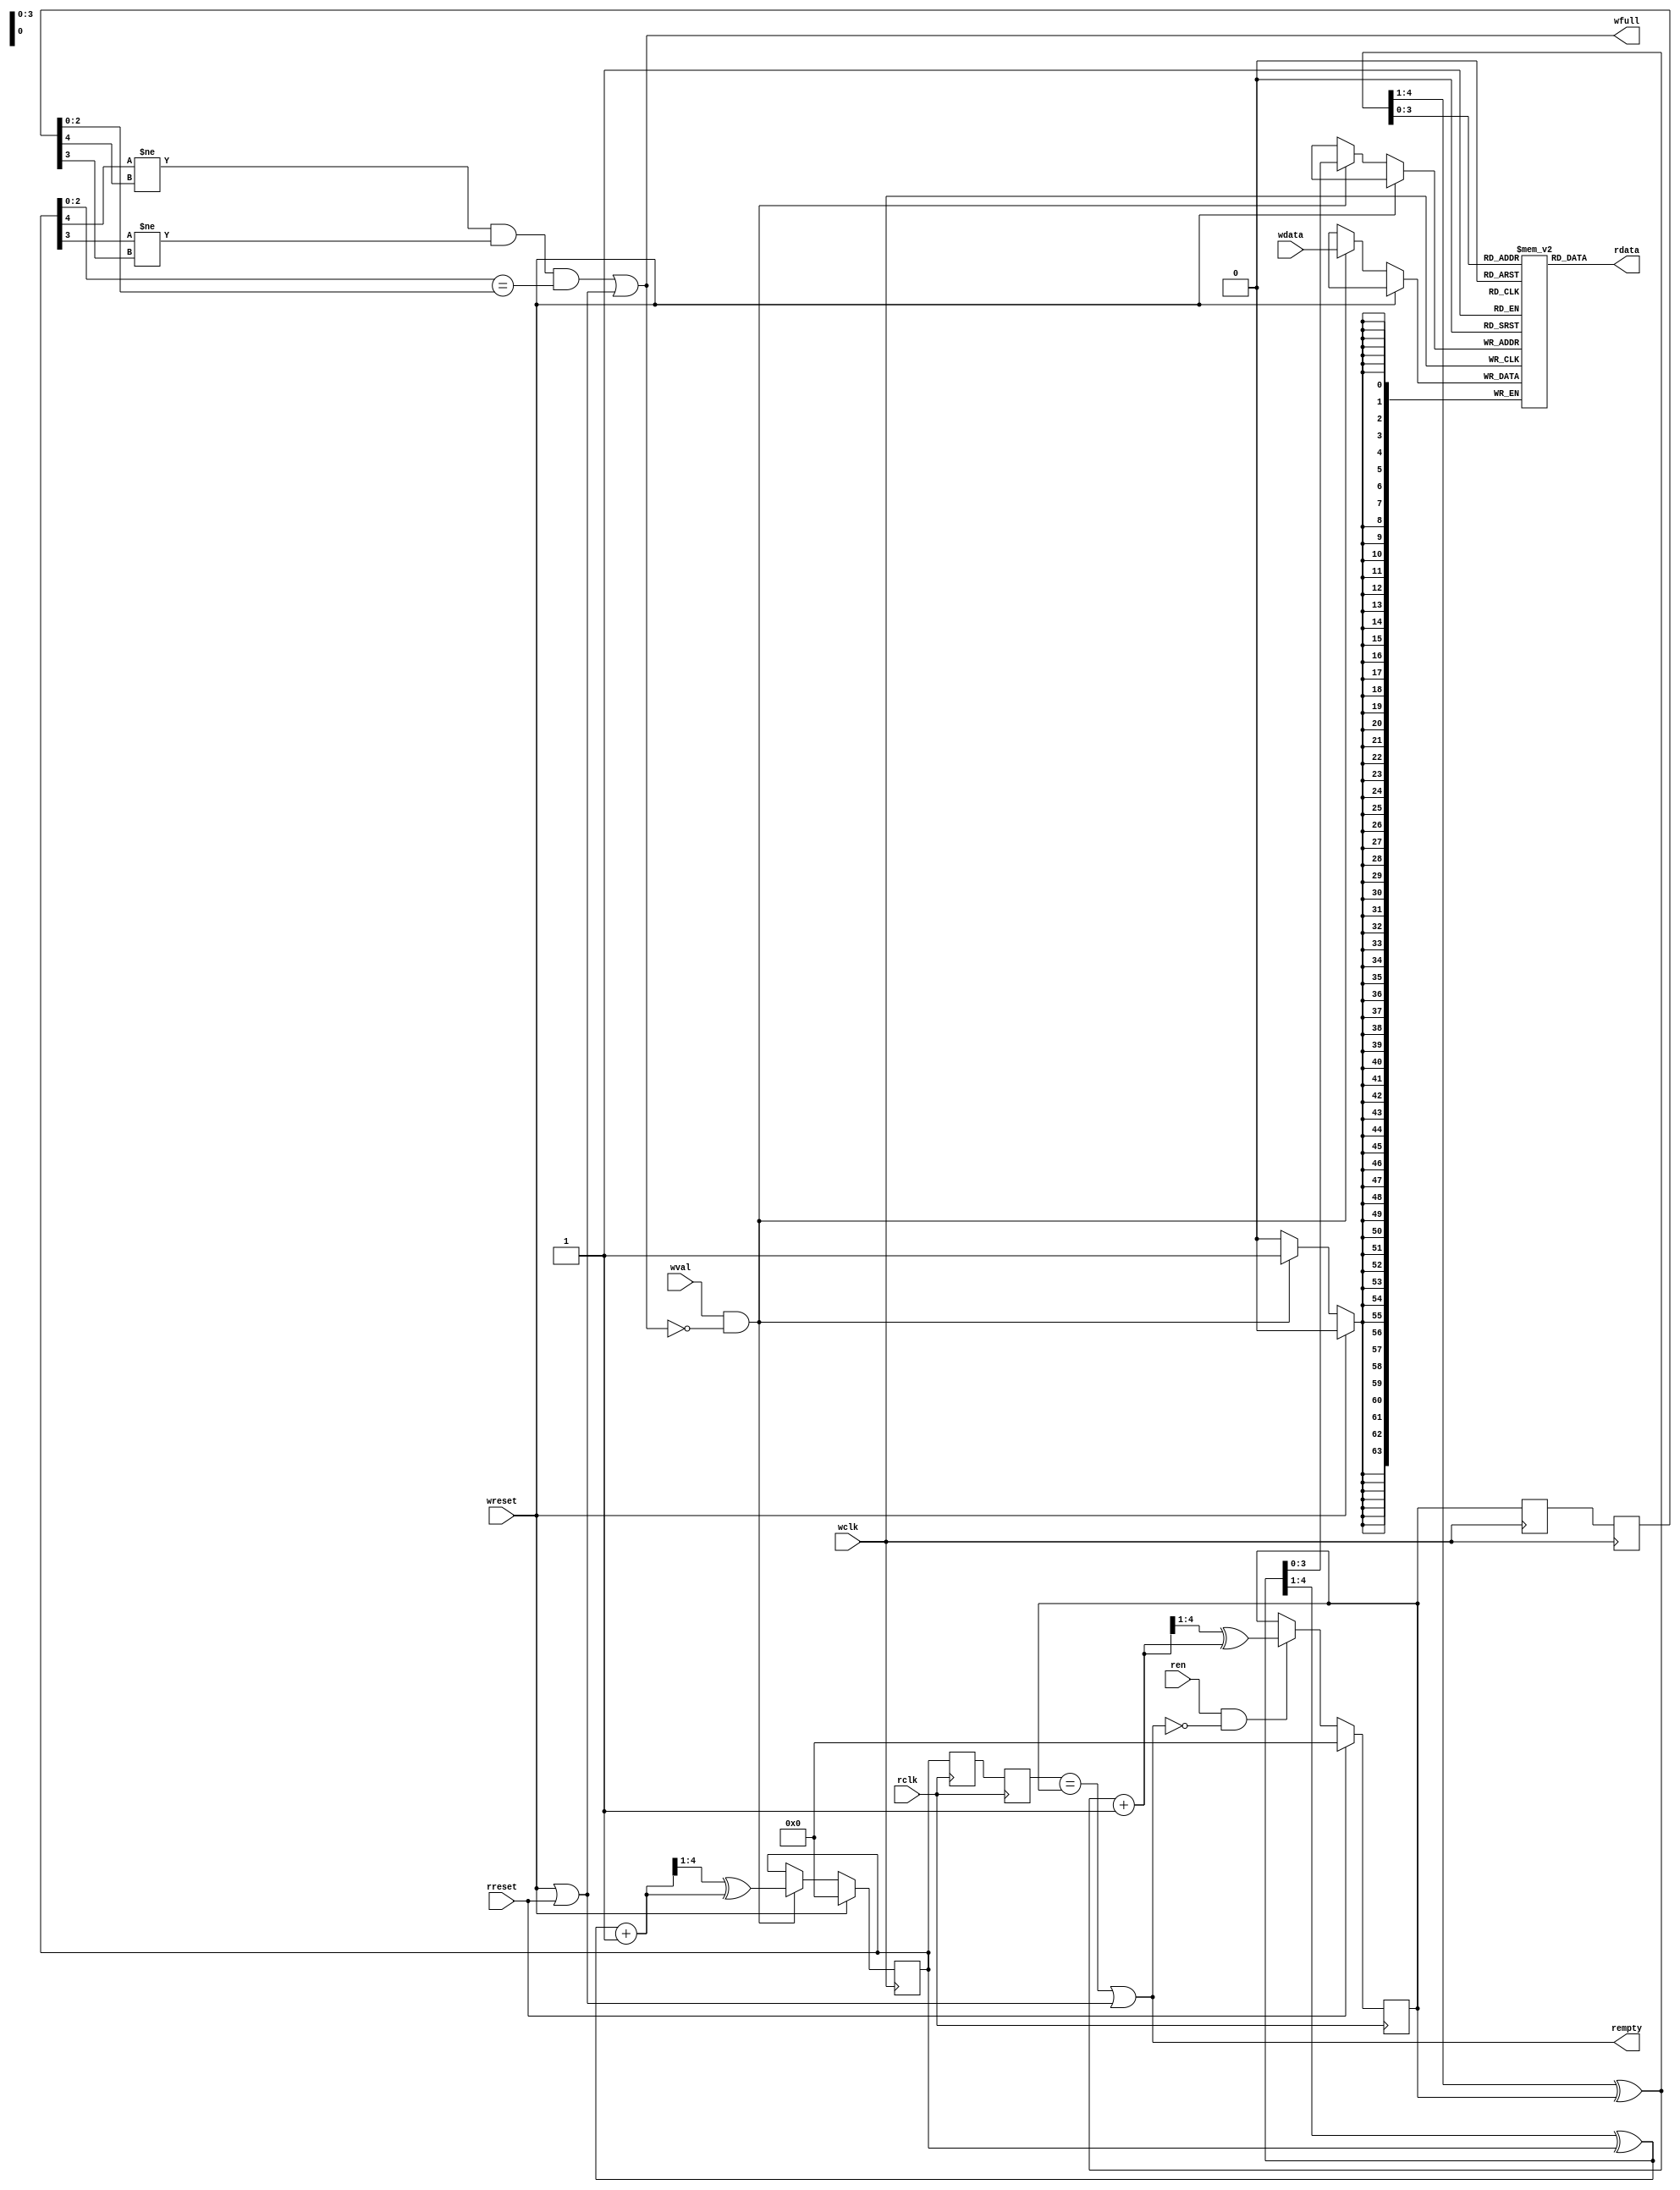
/*
Copyright (c) 2015 Princeton University
All rights reserved.

Redistribution and use in source and binary forms, with or without
modification, are permitted provided that the following conditions are met:
    * Redistributions of source code must retain the above copyright
      notice, this list of conditions and the following disclaimer.
    * Redistributions in binary form must reproduce the above copyright
      notice, this list of conditions and the following disclaimer in the
      documentation and/or other materials provided with the distribution.
    * Neither the name of Princeton University nor the
      names of its contributors may be used to endorse or promote products
      derived from this software without specific prior written permission.

THIS SOFTWARE IS PROVIDED BY PRINCETON UNIVERSITY "AS IS" AND
ANY EXPRESS OR IMPLIED WARRANTIES, INCLUDING, BUT NOT LIMITED TO, THE IMPLIED
WARRANTIES OF MERCHANTABILITY AND FITNESS FOR A PARTICULAR PURPOSE ARE
DISCLAIMED. IN NO EVENT SHALL PRINCETON UNIVERSITY BE LIABLE FOR ANY
DIRECT, INDIRECT, INCIDENTAL, SPECIAL, EXEMPLARY, OR CONSEQUENTIAL DAMAGES
(INCLUDING, BUT NOT LIMITED TO, PROCUREMENT OF SUBSTITUTE GOODS OR SERVICES;
LOSS OF USE, DATA, OR PROFITS; OR BUSINESS INTERRUPTION) HOWEVER CAUSED AND
ON ANY THEORY OF LIABILITY, WHETHER IN CONTRACT, STRICT LIABILITY, OR TORT
(INCLUDING NEGLIGENCE OR OTHERWISE) ARISING IN ANY WAY OUT OF THE USE OF THIS
SOFTWARE, EVEN IF ADVISED OF THE POSSIBILITY OF SUCH DAMAGE.
*/

/********************************************************************
 * 
 * Module encapsulates an asynchronus FIFO used for bridging signals
 * across clock domains, parameters allow for different sized modules
 * compatible with wide range of frequencies.
 *
 * * *******************************************************************/



module async_fifo 
#(
	parameter DSIZE = 64,
	parameter ASIZE = 5,
	parameter MEMSIZE = 16 // should be 2 ^ (ASIZE-1)
)
(
	rdata, 
	rempty,
	rclk,
	ren,
	wdata,
	wfull,
	wclk,
	wval,
	wreset,
	rreset
	);

//Inputs and Outputs
output  [DSIZE-1:0] 	rdata;
output			rempty;
output 			wfull;
input	[DSIZE-1:0]	wdata;
input			wval;
input			ren;
input			rclk;
input			wclk;
input 			wreset;
input			rreset;

//Internal Registers
reg	[ASIZE-1:0]	g_wptr;
reg	[ASIZE-1:0]	g_rptr;

reg	[ASIZE-1:0]	g_rsync1, g_rsync2;
reg	[ASIZE-1:0]	g_wsync1, g_wsync2;

//Memory
reg	[DSIZE-1:0] 	fifo[MEMSIZE-1:0];

wire [ASIZE-1:0] b_wptr;
wire [ASIZE-1:0] b_wptr_next;
wire [ASIZE-1:0] g_wptr_next;
wire [ASIZE-1:0] b_rptr;
wire [ASIZE-1:0] b_rptr_next;
wire [ASIZE-1:0] g_rptr_next;

/********************************************************************
COMBINATIONAL LOGIC
********************************************************************/

//convert gray to binary
assign b_wptr[ASIZE-1:0] = ({1'b0, b_wptr[ASIZE-1:1]} ^ g_wptr[ASIZE-1:0]);
assign b_rptr[ASIZE-1:0] = ({1'b0, b_rptr[ASIZE-1:1]} ^ g_rptr[ASIZE-1:0]);

//increment
assign b_wptr_next = b_wptr + 1;
assign b_rptr_next = b_rptr + 1;

//convert binary to gray
assign g_wptr_next[ASIZE-1:0] = {1'b0, b_wptr_next[ASIZE-1:1]} ^ b_wptr_next[ASIZE-1:0];
assign g_rptr_next[ASIZE-1:0] = {1'b0, b_rptr_next[ASIZE-1:1]} ^ b_rptr_next[ASIZE-1:0];

//full and empty signals
assign wfull =  (g_wptr[ASIZE-1]   != g_rsync2[ASIZE-1]  ) && 
		(g_wptr[ASIZE-2]   != g_rsync2[ASIZE-2]  ) &&
		(g_wptr[ASIZE-3:0] == g_rsync2[ASIZE-3:0]) ||
		(wreset || rreset);

assign rempty =  (g_wsync2[ASIZE-1:0] == g_rptr[ASIZE-1:0]) ||
	         (wreset || rreset);

//output values
assign rdata = fifo[b_rptr[ASIZE-2:0]];

/********************************************************************
SEQUENTIAL LOGIC
********************************************************************/

//transfer register values
always @(posedge rclk) begin
	if (rreset) begin
		g_rptr <= 0;
	end
	else if (ren && !rempty) begin
		g_rptr <= g_rptr_next;
	end

	g_wsync1 <= g_wptr;
	g_wsync2 <= g_wsync1;
end

always @(posedge wclk) begin
	if (wreset) begin
		g_wptr <= 0;
	end
	else if (wval && !wfull) begin
		fifo[b_wptr[ASIZE-2:0]] <= wdata;
		g_wptr <= g_wptr_next;
	end

	g_rsync1 <= g_rptr;
	g_rsync2 <= g_rsync1;

	
end

endmodule